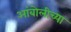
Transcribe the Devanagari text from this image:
आंबोलीच्या